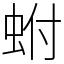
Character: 蚹